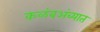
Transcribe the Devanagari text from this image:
कळंबअंब्यात